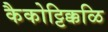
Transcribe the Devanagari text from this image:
कैकोट्टिक्कळि